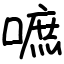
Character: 嗻